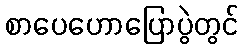
စာပေဟောပြောပွဲတွင်